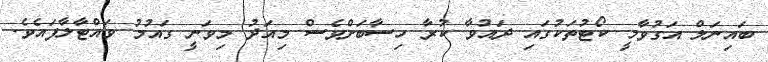
ބައިނަލް އަގުވާމީ ކޯޓުތަކުގައި ދައުވާ ކުރާ ހިސާބަށްވެސް މިއަދު މިވަނީ ގައުމު ވައްޓާލާފައެވެ.